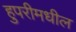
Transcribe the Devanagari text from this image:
हुपरीमधील